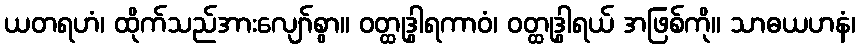
ယတရဟံ၊ ထိုက်သည်အားလျော်စွာ။ ဝတ္ထုဒွါရကာဝံ၊ ဝတ္ထုဒွါရယ် အဖြစ်ကို။ သာဓယဟနံ၊